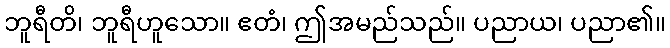
ဘူရီတိ၊ ဘူရီဟူသော။ ဧတံ၊ ဤအမည်သည်။ ပညာယ၊ ပညာ၏။